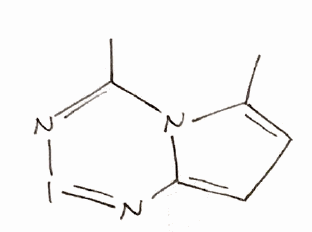
Simplified molecular-input line-entry system (SMILES) notation of the given molecule:
CC1=CC=C2N1C(=NI=N2)C